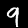
Digit: 9